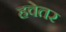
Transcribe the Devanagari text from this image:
हवेतर